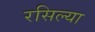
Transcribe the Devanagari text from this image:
रसिल्या